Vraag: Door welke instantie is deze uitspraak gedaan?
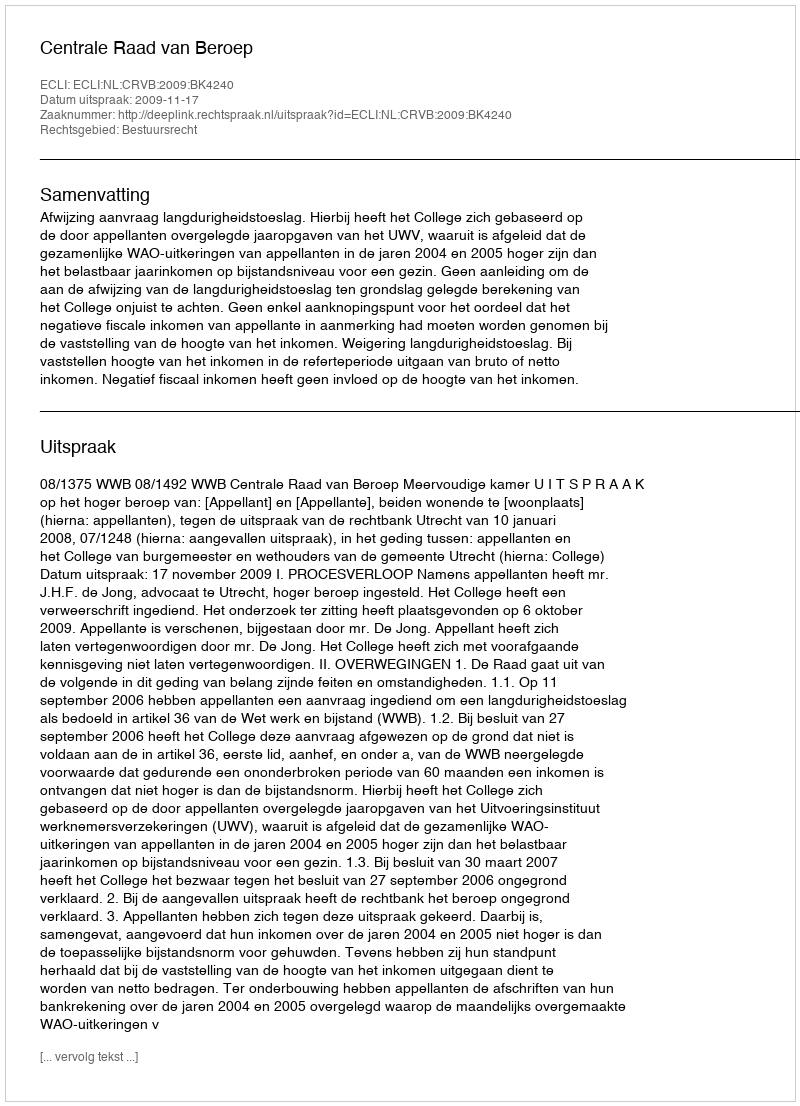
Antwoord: Centrale Raad van Beroep